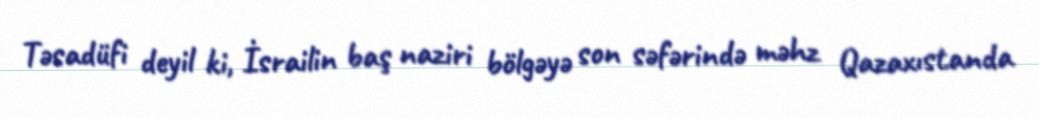
Təsadüfi deyil ki, İsrailin baş naziri bölgəyə son səfərində məhz Qazaxıstanda